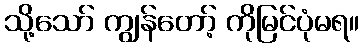
သို့သော် ကျွန်တော့် ကိုမြင်ပုံမရ။